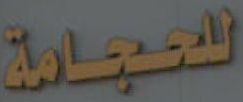
للحجامة